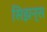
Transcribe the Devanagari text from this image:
सिझन्स